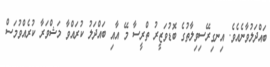
ބައްދަލުވާނެއެވެ. އިނގިރޭސިވިލާތުގެ ބޮޑުވަޒީރު ތްރީސާ މޭ އާއި ބައްދަލު ކުރައްވާ މަޝްވަރާ ކުރެއްވުމަސް